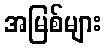
အမြစ်များ